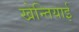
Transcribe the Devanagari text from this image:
खेन्तियाई